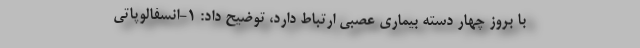
با بروز چهار دسته بیماری عصبی ارتباط دارد، توضیح داد: ۱-انسفالوپاتی